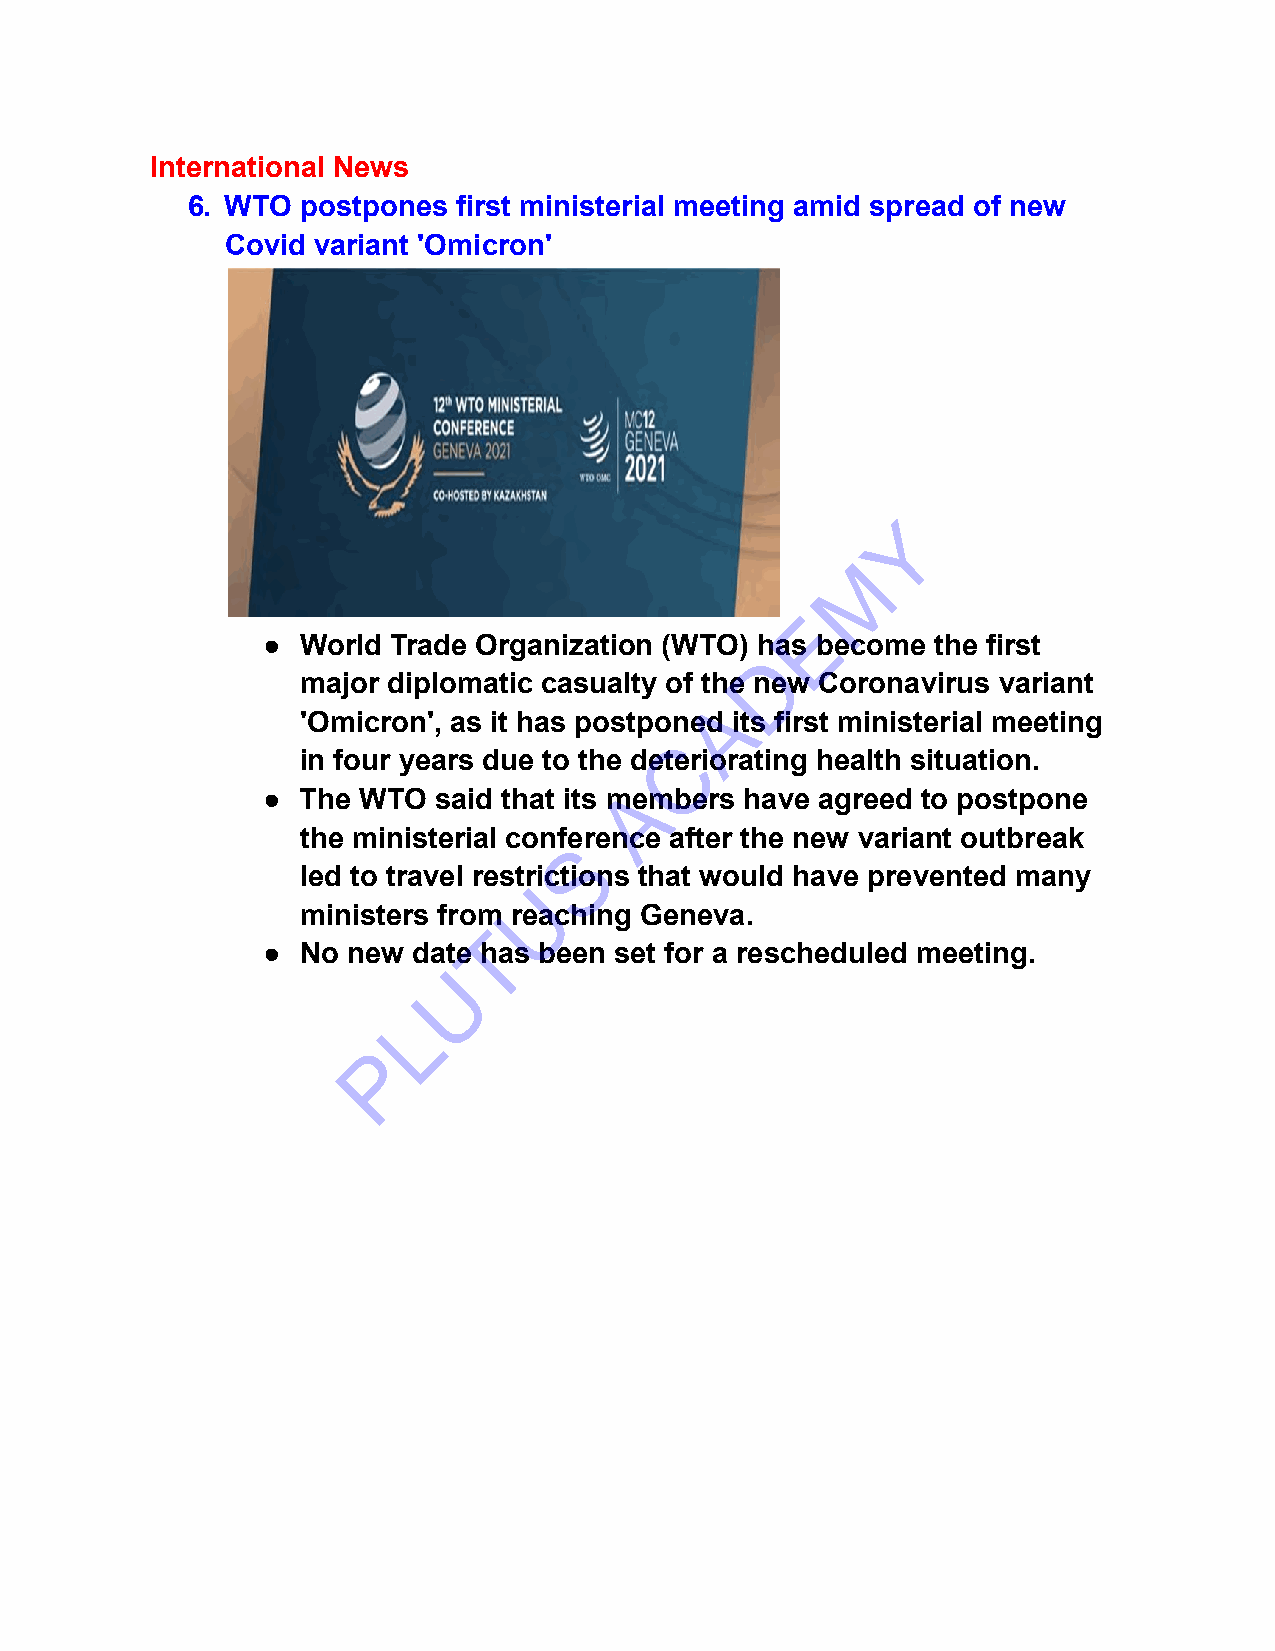
International News
 6. WTO  postpones first ministerial meeting amid spread of new
 Covid variant 'Omicron'
 Y
 M
 E
 ●  World Trade Organization (WTO) has become the first
 D
 major diplomatic casualty of the new Coronavirus variant
 A
 'Omicron', as it has postponed its first ministerial meeting
 C
 in four years due to the deteriorating health situation.
 A
 ●  The WTO  said that its members have agreed to postpone
 the ministerial conference after the new variant outbreak
 S
 led to travel restrictions that would have prevented many
 U
 ministers from reaching Geneva.
 T
 ●  No new date has been set for a rescheduled meeting.
 U
 L
 P